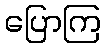
ပြောကြ